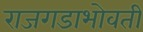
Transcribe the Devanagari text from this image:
राजगडाभोवती